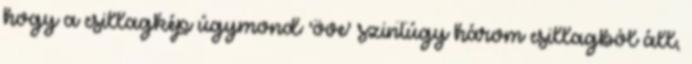
hogy a csillagkép úgymond 'öve' szintúgy három csillagból áll,